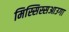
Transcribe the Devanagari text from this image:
मिस्सिस्सआउगा